Civil Veterinary Department Bihar & Orissa reports 1922-29 - 1922-1929
Year: 1922
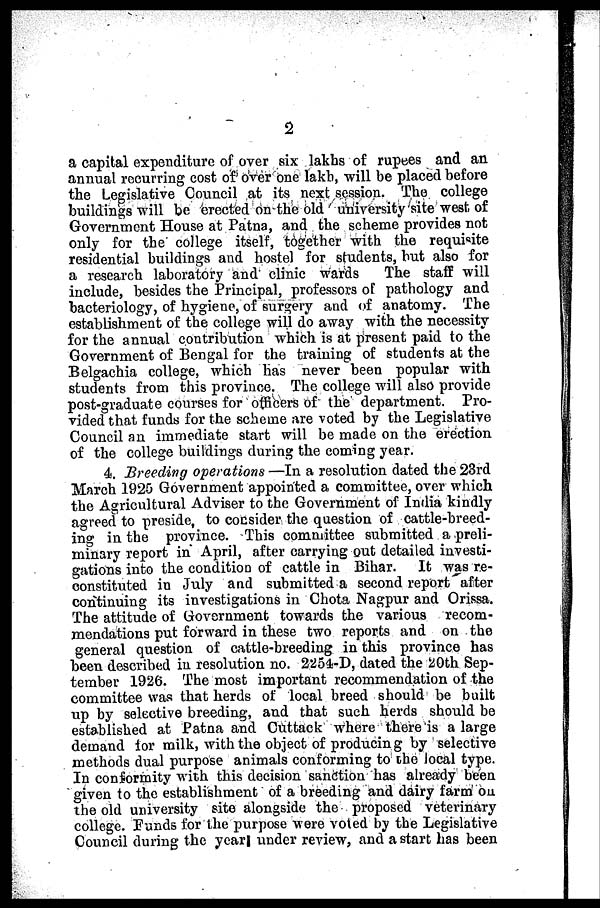
2
a capital expenditure of over six lakhs of rupees and an
annual recurring cost of over one lakh, will be placed before
the Legislative Council at its next session. The college
buildings will be erected on the old university site west of
Government House at Patna, and the scheme provides not
only for the college itself, together with the requisite
residential buildings and hostel for students, but also for
a research laboratory and clinic wards
The staff will
include, besides the Principal, professors of pathology and
bacteriology, of hygiene, of surgery and of anatomy. The
establishment of the college will do away with the necessity
for the annual contribution which is at present paid to the
Government of Bengal for the training of students at the
Belgachia college, which has never been popular with
students from this province. The college will also provide
post-graduate courses for officers of the department. Pro-
vided that funds for the scheme are voted by the Legislative
Council an immediate start will be made on the erection
of the college buildings during the coming year.
4. Breeding operations —In a resolution dated the 23rd
March 1925 Government appointed a committee, over which
the Agricultural Adviser to the Government of India kindly
agreed to preside, to consider the question of cattle-breed-
ing in the province. This committee submitted a preli-
minary report in April, after carrying out detailed investi-
gations into the condition of cattle in Bihar. It was re-
constituted in July and submitted a second report after
continuing its investigations in Chota Nagpur and Orissa.
The attitude of Government towards the various recom-
mendations put forward in these two reports and on the
general question of cattle-breeding in this province has
been described in resolution no. 2254-D, dated the 20th Sep-
tember 1926. The most important recommendation of the
committee was that herds of local breed should be built
up by selective breeding, and that such herds should be
established at Patna and Cuttack where there is a large
demand for milk, with the object of producing by selective
methods dual purpose animals conforming to the local type.
In conformity with this decision sanction has already been
given to the establishment of a breeding and dairy farm on
the old university site alongside the proposed veterinary
college. Funds for the purpose were voted by the Legislative
Council during the year under review, and a start has been